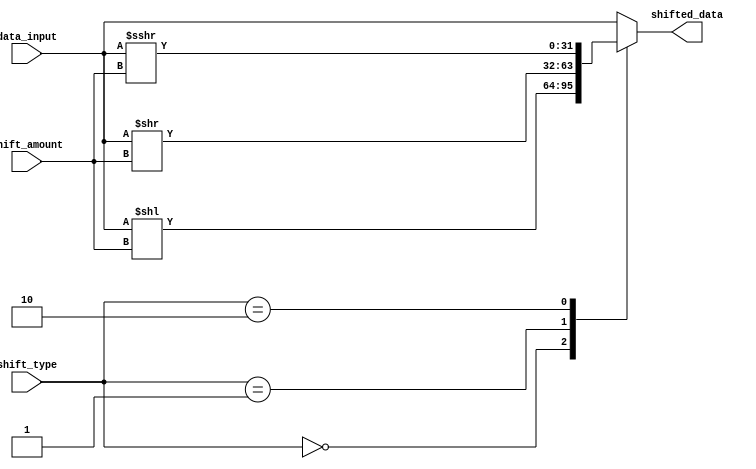
module barrel_shifter (
    input [31:0] data_input,
    input [4:0] shift_amount,
    input [1:0] shift_type,
    output reg [31:0] shifted_data
);

always @* begin
    case (shift_type)
        2'b00: shifted_data = data_input << shift_amount; // Logical left shift
        2'b01: shifted_data = data_input >> shift_amount; // Logical right shift
        2'b10: shifted_data = ($signed(data_input) >>> shift_amount); // Arithmetic right shift
        default: shifted_data = data_input;
    endcase
end

endmodule